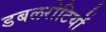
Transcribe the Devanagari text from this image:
डबलरोटियों